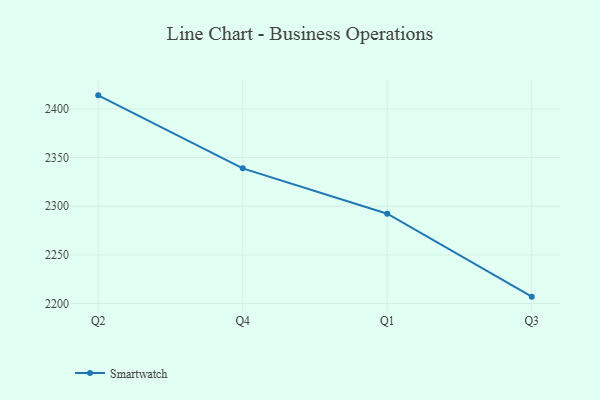
{"axis": {"x": "Quarter", "y": "Bounce Rate (%)"}, "legend": ["Smartwatch"], "data": [{"x": "Q2", "y": 2413.9, "type": "Smartwatch"}, {"x": "Q4", "y": 2338.9, "type": "Smartwatch"}, {"x": "Q1", "y": 2292.3, "type": "Smartwatch"}, {"x": "Q3", "y": 2207.1, "type": "Smartwatch"}]}